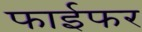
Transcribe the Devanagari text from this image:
फाईफर